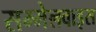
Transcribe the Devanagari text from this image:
सम्मेलवाइस